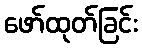
ဖော်ထုတ်ခြင်း